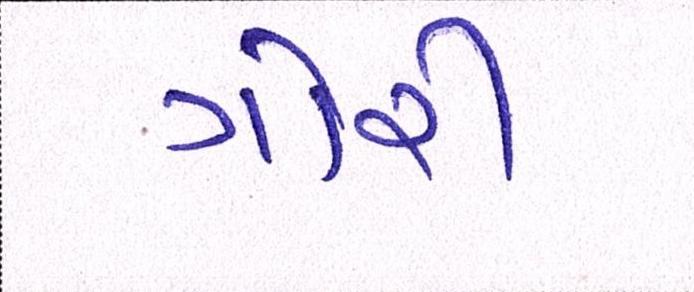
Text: ગોરી